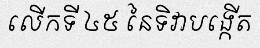
លើកទី ៤៥ នៃទិវាបង្កើត